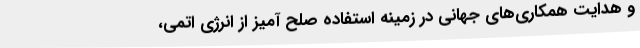
و هدایت همکاری‌های جهانی در زمینه استفاده صلح آمیز از انرژی اتمی،